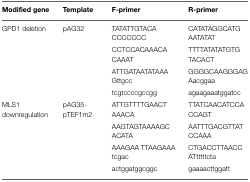
<table><thead><tr><td><b>Modified gene</b></td><td><b>Template</b></td><td><b>F-primer</b></td><td><b>R-primer</b></td></tr></thead><tbody><tr><td>GPD1 deletion</td><td>pAG32</td><td>TATATTGTACA</td><td>CATATAGGCATG</td></tr><tr><td></td><td></td><td>CCCCCCC</td><td>AATATAT</td></tr><tr><td></td><td></td><td>CCTCCACAAACA</td><td>TTTTATATATGTG</td></tr><tr><td></td><td></td><td>CAAAT</td><td>TACACT</td></tr><tr><td></td><td></td><td>ATTGATAATATAAA</td><td>GGGGCAAGGGAG</td></tr><tr><td></td><td></td><td>Gttgcc</td><td>Aacggaa</td></tr><tr><td></td><td></td><td>tcgtccccgccgg</td><td>agaagaaatggatcc</td></tr><tr><td>MLS1</td><td>pAG35-</td><td>ATTGTTTTGAACT</td><td>TTATCAACATCCA</td></tr><tr><td>downregulation</td><td>pTEF1m2</td><td>AAACA</td><td>CCAGT</td></tr><tr><td></td><td></td><td>AAGTAGTAAAAGC</td><td>AATTTGACGTTAT</td></tr><tr><td></td><td></td><td>ACATA</td><td>CCAAA</td></tr><tr><td></td><td></td><td>AAAGAA TTAAGAAA</td><td>CTGACCTTAACC</td></tr><tr><td></td><td></td><td>tcgac</td><td>ATtttttcta</td></tr><tr><td></td><td></td><td>actggatggcggc</td><td>gaaaacttggatt</td></tr></tbody></table>